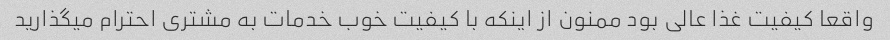
واقعا کیفیت غذا عالی بود ممنون از اینکه با کیفیت خوب خدمات به مشتری احترام میگذارید